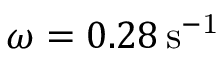
\omega = 0 . 2 8 \, \mathrm { s ^ { - 1 } }